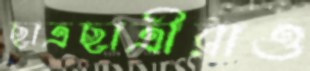
ছাত্রছাত্রীরাও